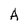
Character: A